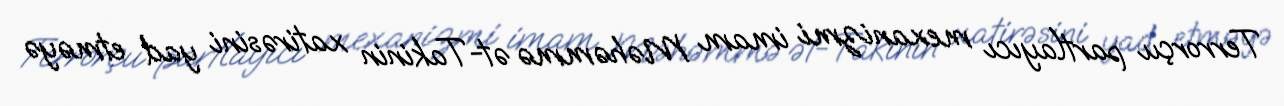
Terrorçu partlayıcı mexanizmi imam Məhəmmə ət-Takinin xatirəsini yad etməyə